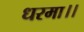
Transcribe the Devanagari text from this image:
धरमा।।